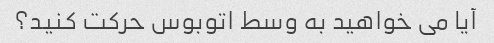
آیا می خواهید به وسط اتوبوس حرکت کنید؟